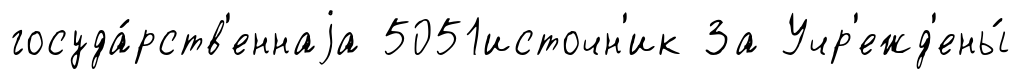
госуда́рств'еннаjа 5051источн'ик За Учр'ежд'ены́